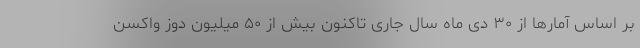
بر اساس آمارها از ۳۰ دی ماه سال جاری تاکنون بیش از ۵۰ میلیون دوز واکسن